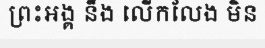
ព្រះអង្គ នឹង លើកលែង មិន